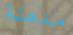
مندهشة